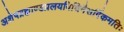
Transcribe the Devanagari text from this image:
अशेषब्रह्माण्डप्रलयविधिनैसर्गिकमतिः